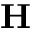
{ \bf H }